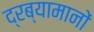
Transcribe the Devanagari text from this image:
द्रब्यामानों